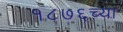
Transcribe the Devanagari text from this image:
१८७६च्या